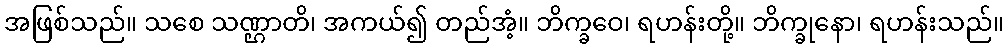
အဖြစ်သည်။ သစေ သဏ္ဌာတိ၊ အကယ်၍ တည်အံ့။ ဘိက္ခဝေ၊ ရဟန်းတို့။ ဘိက္ခုနော၊ ရဟန်းသည်။